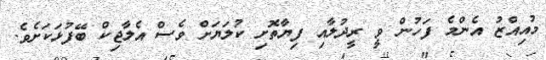
މުއިއްޒު އެންމެ ފަހުން ވީ ރީދުލާއި ފިޔާތޮށި ކުލަޔަށް ވެސް އެލާޖިކް ބޭފުޅަކަށެވެ.